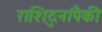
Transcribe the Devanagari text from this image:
राशिदुनांपैकी